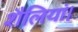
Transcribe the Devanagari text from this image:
शैलियां।